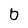
Character: b